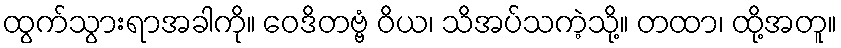
ထွက်သွားရာအခါကို။ ဝေဒိတဗ္ဗံ ဝိယ၊ သိအပ်သကဲ့သို့။ တထာ၊ ထို့အတူ။